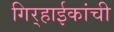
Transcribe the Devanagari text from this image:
गिर्‍हाईकांची